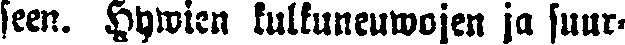
seen. Hywien kulkuneuwojen ja suur-